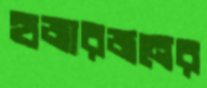
হাজারজনের